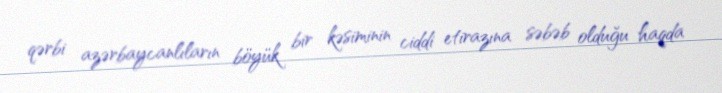
qərbi azərbaycanlıların böyük bir kəsiminin ciddi etirazına səbəb olduğu haqda